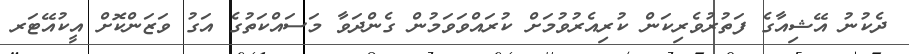
ދެކުނު އޭޝިއާގެ ފަތުރުވެރިކަން ކުރިއެރުވުމަށް ކުރައްވަވަމުން ގެންދަވާ މަސައްކަތުގެ އަގު ވަޒަންކޮށް އީކުއޭޓަރ